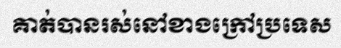
គាត់បានរស់នៅខាងក្រៅប្រទេស